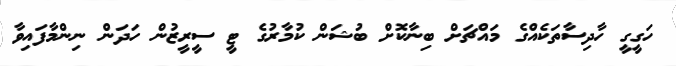
ހަގީގީ ހާދިސާތަކެއްގެ މައްޗަށް ބިނާކޮށް ބުޝަން ކުމާރުގެ ޓީ ސީރީޒުން ހަދަން ނިންމާފައިވާ